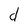
Character: d